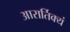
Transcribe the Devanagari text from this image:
आरार्तिक्यं